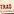
trad